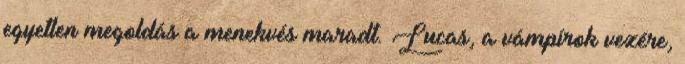
egyetlen megoldás a menekvés maradt. Lucas, a vámpírok vezére,